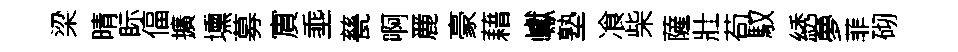
梁晴眎偪擴壎募賔埀甆啊䴡豪藉巘塾飡柴薩壯苟馭綉夣菲砌